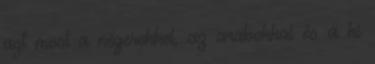
azt most a négerekkel, az arabokkal és a ki